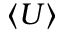
\langle U \rangle